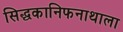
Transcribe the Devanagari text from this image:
सिद्धकानिफनाथाला